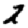
Digit: 2